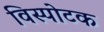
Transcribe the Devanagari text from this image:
विस्पोटक